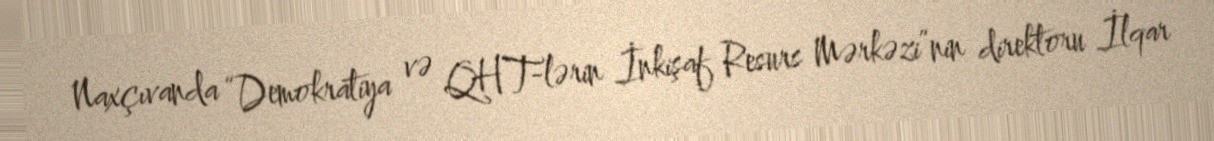
Naxçıvanda “Demokratiya və QHT-lərin İnkişaf Resurs Mərkəzi”nin direktoru İlqar